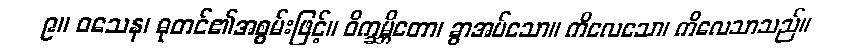
၉။ ဝသေန၊ ဓုတင်၏အစွမ်းဖြင့်။ ဝိက္ခမ္ဘိတော၊ ခွာအပ်သော။ ကိလေသော၊ ကိလေသာသည်။